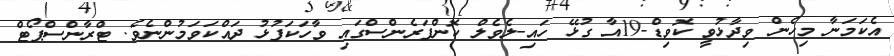
އެކަމަނާ މިހެން ވިދާޅުވީ ކޮވިޑް-19އާ ގުޅޭ ހައި-ލެވެލް ކޮންފަރެންސްގައި ވާހަކަފުޅު ދައްކަވަމުންނެެވެ. ޓްރާންސްޕޯޓް